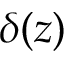
\delta ( z )